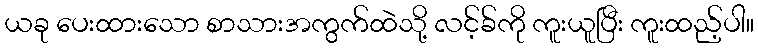
ယခု ပေးထားသော စာသားအကွက်ထဲသို့ လင့်ခ်ကို ကူးယူပြီး ကူးထည့်ပါ။